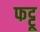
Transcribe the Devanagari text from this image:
फट्टू